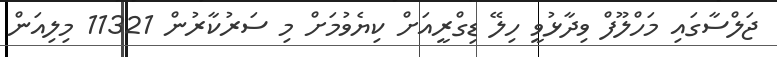
ޖަލްސާގައި މަހްލޫފް ވިދާޅުވީ ހިލޭ ޑިގްރީއަށް ކިޔެވުމަށް މި ސަރުކާރުން 11321 މިލިއަން